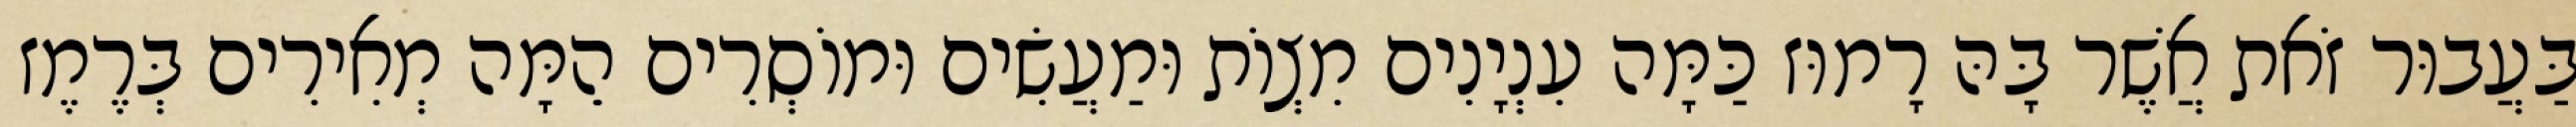
בַּעֲבוּר זֹאת אֲשֶׁר בָּהּ רָמוּז כַּמָּה עִנְיָנִים מִצְוֹת וּמַעֲשִׂים וּמוֹסְרִים הֵמָּה מְאִירִים בְּרֶמֶז